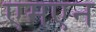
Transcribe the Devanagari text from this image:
एमएन